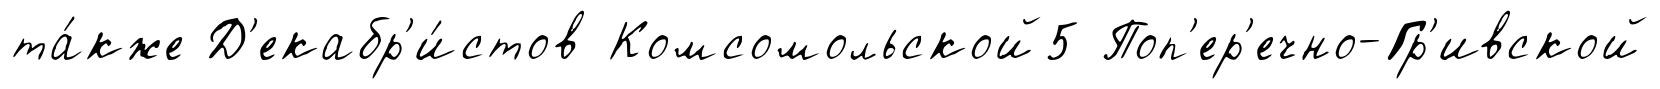
та́кже Д'екабр'и́стов Комсомольской5 Поп'ер'ечно-Гр'ивской